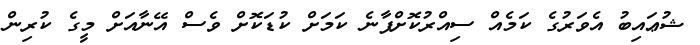
ޝުޢައިބު އެވަރުގެ ކަމެއް ސިއްރުކޮށްފާނެ ކަމަށް ކުޑަކޮށް ވެސް އޭނާއަށް މީގެ ކުރިން